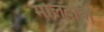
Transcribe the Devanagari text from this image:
मोलदोवी